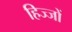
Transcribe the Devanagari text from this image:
हिज्जों